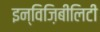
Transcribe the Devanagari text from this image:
इन्विज़िबीलिटी